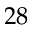
2 8